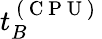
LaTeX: t_{B}^{\mathrm{~(~C~P~U~)~}}